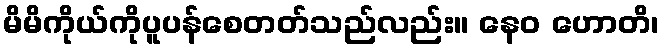
မိမိကိုယ်ကိုပူပန်စေတတ်သည်လည်း။ နေဝ ဟောတိ၊